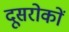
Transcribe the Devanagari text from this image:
दूसरोकों